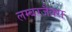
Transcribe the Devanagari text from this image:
लम्बरजैक्स